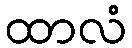
ထာလံ